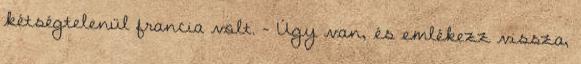
kétségtelenül francia volt. - Úgy van, és emlékezz vissza,